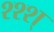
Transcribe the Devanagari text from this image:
श्श्श्